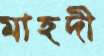
মাহদী